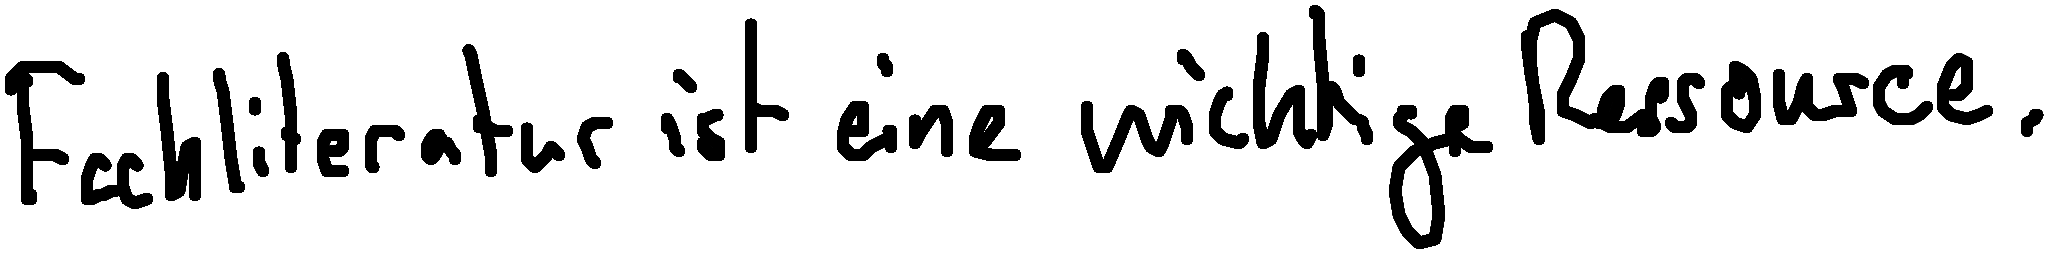
Fachliteratur ist eine wichtige Ressource.